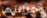
خزانتها